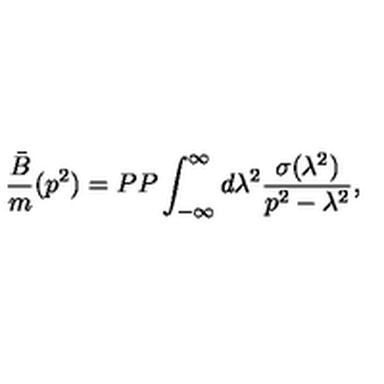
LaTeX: { \frac { \bar { B } } { m } } ( p ^ { 2 } ) = P P \int _ { - \infty } ^ { \infty } d \lambda ^ { 2 } { \frac { \sigma ( \lambda ^ { 2 } ) } { p ^ { 2 } - \lambda ^ { 2 } } } ,